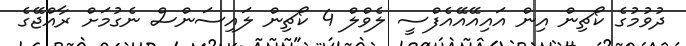
ދުވުމުގެ ކޯޗިން އިން އައިއޭއޭއެފްސީ ލެވްލް 4 ކޯޗިން ލައިސަންސް ނެގުމަށް ރާއްޖޭގެ